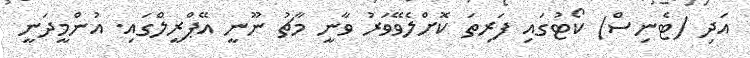
އަދި (ޓެނިސް) ކޯޓުގައި ފަރިތަ ކޮށްލެވޭވަރު ވާނީ މާޗު ނޫނީ އޭޕްރީލްގައި. އުންމީދަނީ